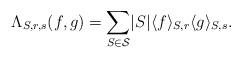
LaTeX: \begin{align*} \Lambda _{S, r, s} (f,g) = \sum_{S\in \mathcal S} \lvert S\rvert \langle f \rangle _{S,r} \langle g \rangle _{S,s}. \end{align*}